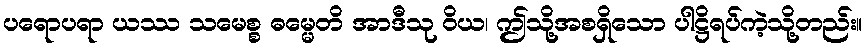
ပရောပရာ ယဿ သမေစ္စ ဓမ္မေတိ အာဒီသု ဝိယ၊ ဤသို့အစရှိသော ပါဋ္ဌိရပ်ကဲ့သို့တည်း။